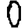
Digit: 0